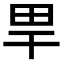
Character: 𤰠